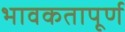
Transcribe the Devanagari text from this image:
भावकतापूर्ण